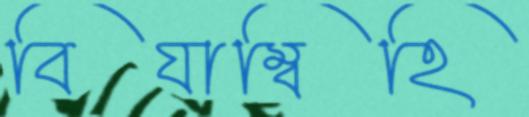
বিযাম্বিহি